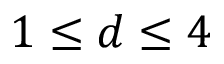
1 \le d \le 4